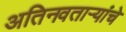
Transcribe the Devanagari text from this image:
अतिनवताऱ्यांचे